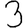
Digit: 3